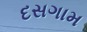
દસગામ